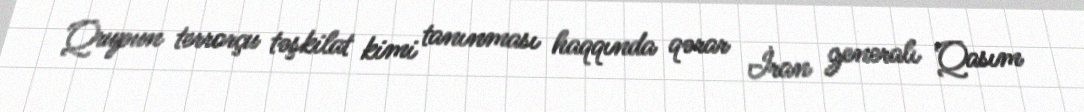
Qrupun terrorçu təşkilat kimi tanınması haqqında qərar İran generalı Qasım